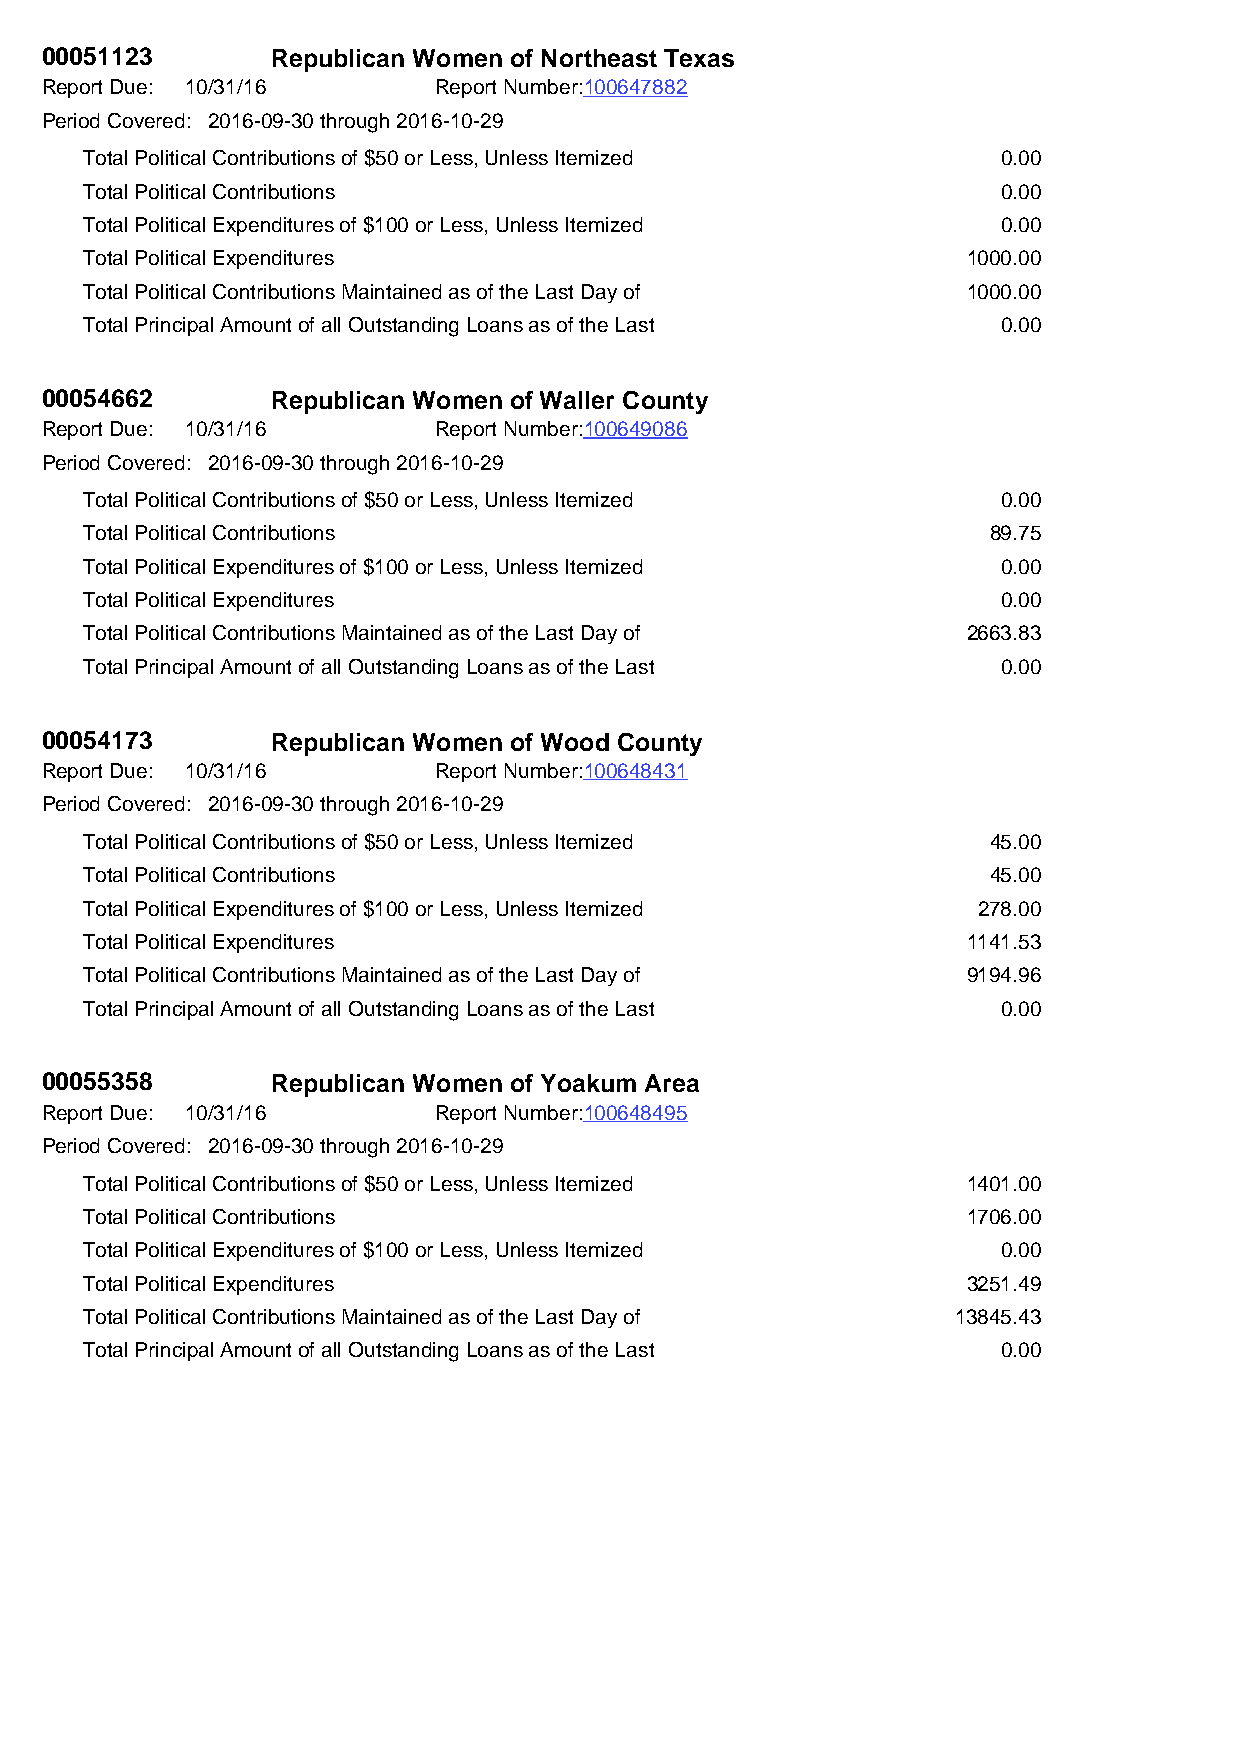
00051123       Republican Women of Northeast Texas
 Report Due: 10/31/16      Report Number:100647882
 Period Covered: 2016-09-30 through 2016-10-29
 Total Political Contributions of $50 or Less, Unless Itemized 0.00
 Total Political Contributions                               0.00
 Total Political Expenditures of $100 or Less, Unless Itemized 0.00
 Total Political Expenditures                              1000.00
 Total Political Contributions Maintained as of the Last Day of 1000.00
 Total Principal Amount of all Outstanding Loans as of the Last 0.00
 00054662       Republican Women of Waller County
 Report Due: 10/31/16      Report Number:100649086
 Period Covered: 2016-09-30 through 2016-10-29
 Total Political Contributions of $50 or Less, Unless Itemized 0.00
 Total Political Contributions                               89.75
 Total Political Expenditures of $100 or Less, Unless Itemized 0.00
 Total Political Expenditures                                0.00
 Total Political Contributions Maintained as of the Last Day of 2663.83
 Total Principal Amount of all Outstanding Loans as of the Last 0.00
 00054173       Republican Women of Wood County
 Report Due: 10/31/16      Report Number:100648431
 Period Covered: 2016-09-30 through 2016-10-29
 Total Political Contributions of $50 or Less, Unless Itemized 45.00
 Total Political Contributions                               45.00
 Total Political Expenditures of $100 or Less, Unless Itemized 278.00
 Total Political Expenditures                              1141.53
 Total Political Contributions Maintained as of the Last Day of 9194.96
 Total Principal Amount of all Outstanding Loans as of the Last 0.00
 00055358       Republican Women of Yoakum Area
 Report Due: 10/31/16      Report Number:100648495
 Period Covered: 2016-09-30 through 2016-10-29
 Total Political Contributions of $50 or Less, Unless Itemized 1401.00
 Total Political Contributions                             1706.00
 Total Political Expenditures of $100 or Less, Unless Itemized 0.00
 Total Political Expenditures                              3251.49
 Total Political Contributions Maintained as of the Last Day of 13845.43
 Total Principal Amount of all Outstanding Loans as of the Last 0.00